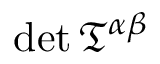
\operatorname* { d e t } { \mathfrak { T } } ^ { \alpha \beta }